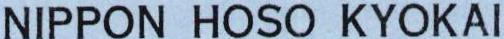
NIPPON HOSO KYOKAI